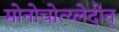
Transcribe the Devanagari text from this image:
मोनोचोत्य्लेदोन्